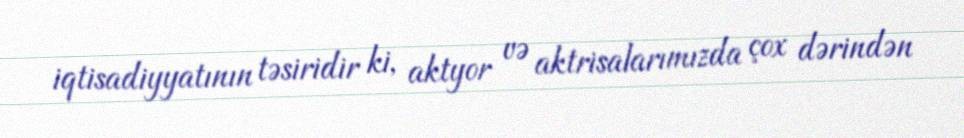
iqtisadiyyatının təsiridir ki, aktyor və aktrisalarımızda çox dərindən